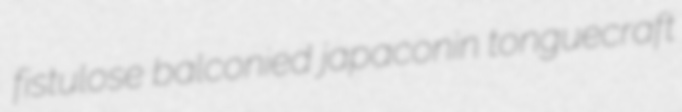
fistulose balconied japaconin tonguecraft